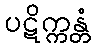
ပဋိက္ကန္တံ